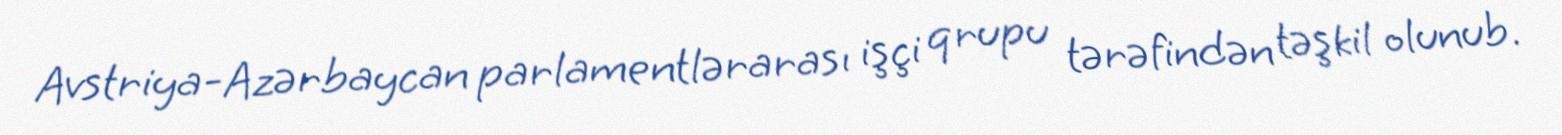
Avstriya-Azərbaycan parlamentlərarası işçi qrupu tərəfindən təşkil olunub.